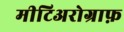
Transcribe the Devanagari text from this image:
मीटिअरोग्राफ़